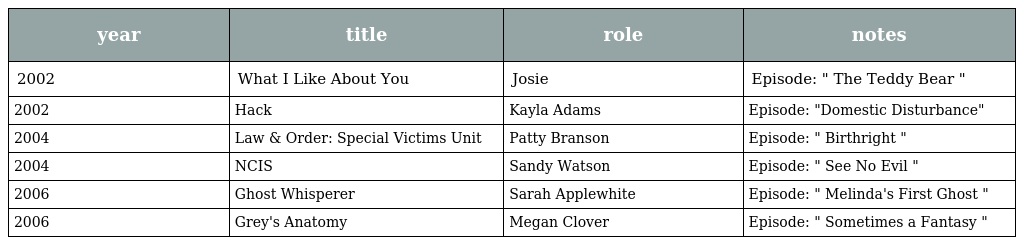
| year | title | role | notes |
 | --- | --- | --- | --- |
 | 2002 | What I Like About You | Josie | Episode: " The Teddy Bear " |
 | 2002 | Hack | Kayla Adams | Episode: "Domestic Disturbance" |
 | 2004 | Law & Order: Special Victims Unit | Patty Branson | Episode: " Birthright " |
 | 2004 | NCIS | Sandy Watson | Episode: " See No Evil " |
 | 2006 | Ghost Whisperer | Sarah Applewhite | Episode: " Melinda's First Ghost " |
 | 2006 | Grey's Anatomy | Megan Clover | Episode: " Sometimes a Fantasy " |